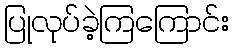
ပြုလုပ်ခဲ့ကြကြောင်း